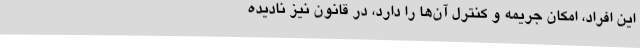
این افراد، امکان جریمه و کنترل آن‌ها را دارد، در قانون نیز نادیده